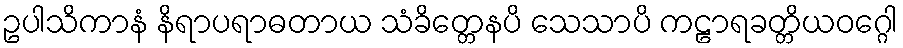
ဥပါသိကာနံ နိရာပရာဓတာယ သံခိတ္တေနပိ သေသာပိ ကဠာရခတ္တိယဝဂ္ဂေါ